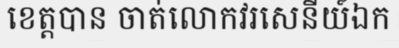
ខេត្តបាន ចាត់លោកវរសេនីយ៍ឯក